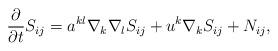
LaTeX: \begin{align*}\frac{\partial}{\partial t}S_{ij}=a^{kl}\nabla_k\nabla_lS_{ij}+u^k\nabla_kS_{ij}+N_{ij},\end{align*}